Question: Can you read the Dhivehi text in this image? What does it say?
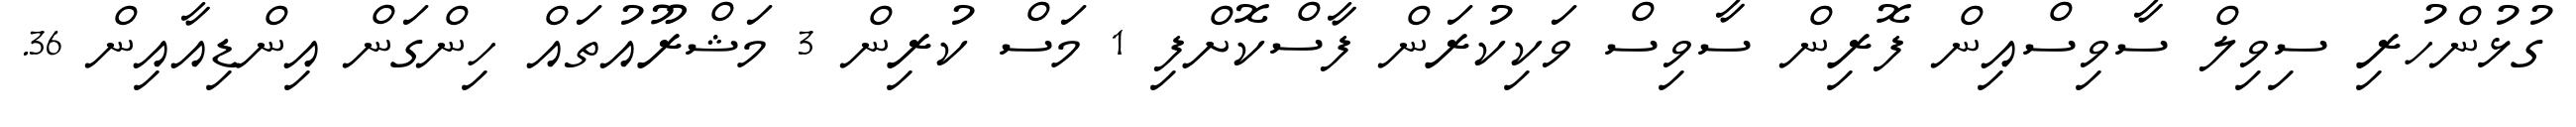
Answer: ގުޅުންހުރި ސިވިލް ސާވިސްއިން ފޮރިން ސާވިސް ވަކިކުރަން ފާސްކޮށްފި 1 މަސް ކުރިން 3 މަޝްރޫއުތައް ހިންގަން އިންޑިއާއިން 36.